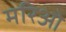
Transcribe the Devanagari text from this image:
मरिओ